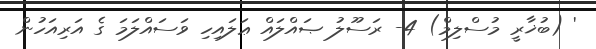
' (ބުޚާރީ މުސްލިމް) 4- ރަސޫލު ޞައްލައް ޢަލައިހި ވަސައްލަމަ ގެ އަރިއަހުން